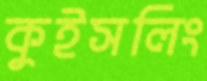
কুইসলিং